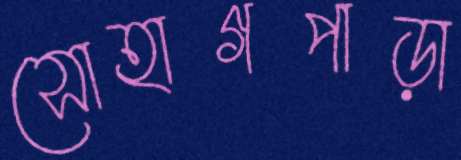
সোহাগপাড়া